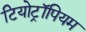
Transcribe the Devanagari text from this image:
टियोट्रॉपियम